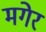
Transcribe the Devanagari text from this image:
मगेर